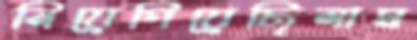
নিয়েগিয়েছিলাম